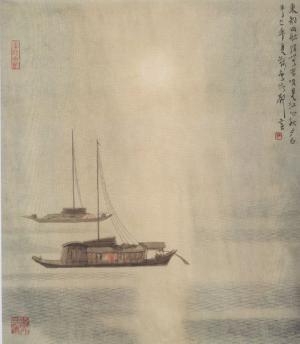
东船西舫悄无言，唯见江心秋月白。